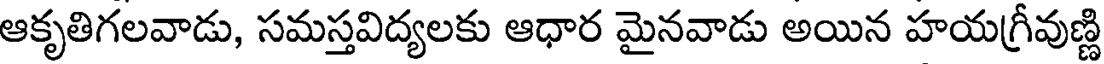
ఆకృతిగలవాడు, సమస్తవిద్యలకు ఆధార మైనవాడు అయిన హయగ్రీవుణ్ణి